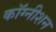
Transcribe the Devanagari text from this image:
कॉग्नीशन